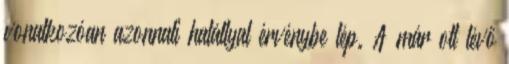
vonatkozóan azonnali hatállyal érvénybe lép. A már ott lévő